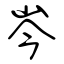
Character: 岑